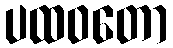
ပထဝတော